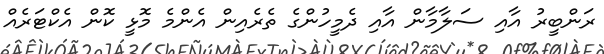
ރަންބީރު އާއި ސަލާމާން އާއި ދެމީހުންގެ ތެރެއިން އެންމެ މޮޅީ ކޮން އެކްޓަރެއް